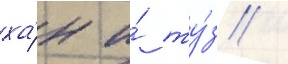
ха́н и́ ту́з /